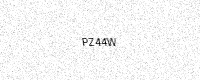
Text: PZ44W